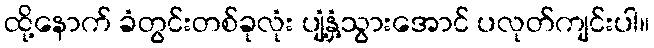
ထို့နောက် ခံတွင်းတစ်ခုလုံး ပျံ့နှံ့သွားအောင် ပလုတ်ကျင်းပါ။